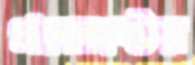
প্রজেক্টের